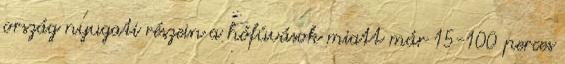
ország nyugati részein a hófúvások miatt már 15-100 perces